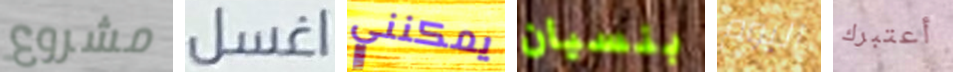
مشروع اغسل يمكنني بنسيان اليوم أعتبرك